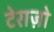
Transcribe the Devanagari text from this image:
टेराज़ो